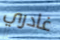
غادري